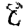
Digit: 8